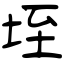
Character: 垤